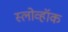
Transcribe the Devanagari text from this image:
स्लोव्हॉक